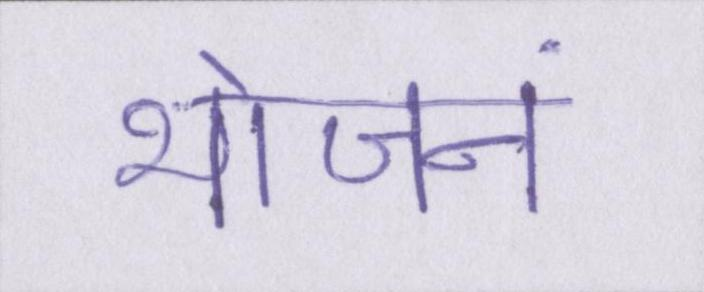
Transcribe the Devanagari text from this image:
भोजनं